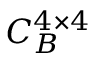
C _ { B } ^ { 4 \times 4 }